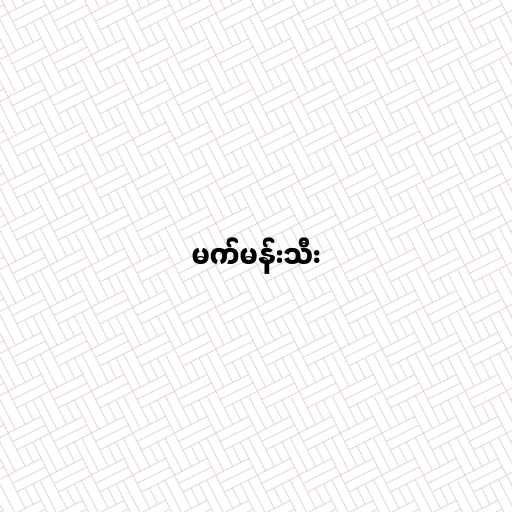
မက်မန်းသီး